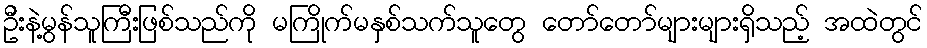
ဦးနဲ့မွန်သူကြီးဖြစ်သည်ကို မကြိုက်မနှစ်သက်သူတွေ တော်တော်များများရှိသည့် အထဲတွင်